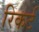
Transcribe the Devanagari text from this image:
रिकर्ट